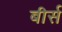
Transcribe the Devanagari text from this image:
बीर्स